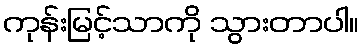
ကုန်းမြင့်သာကို သွားတာပါ။